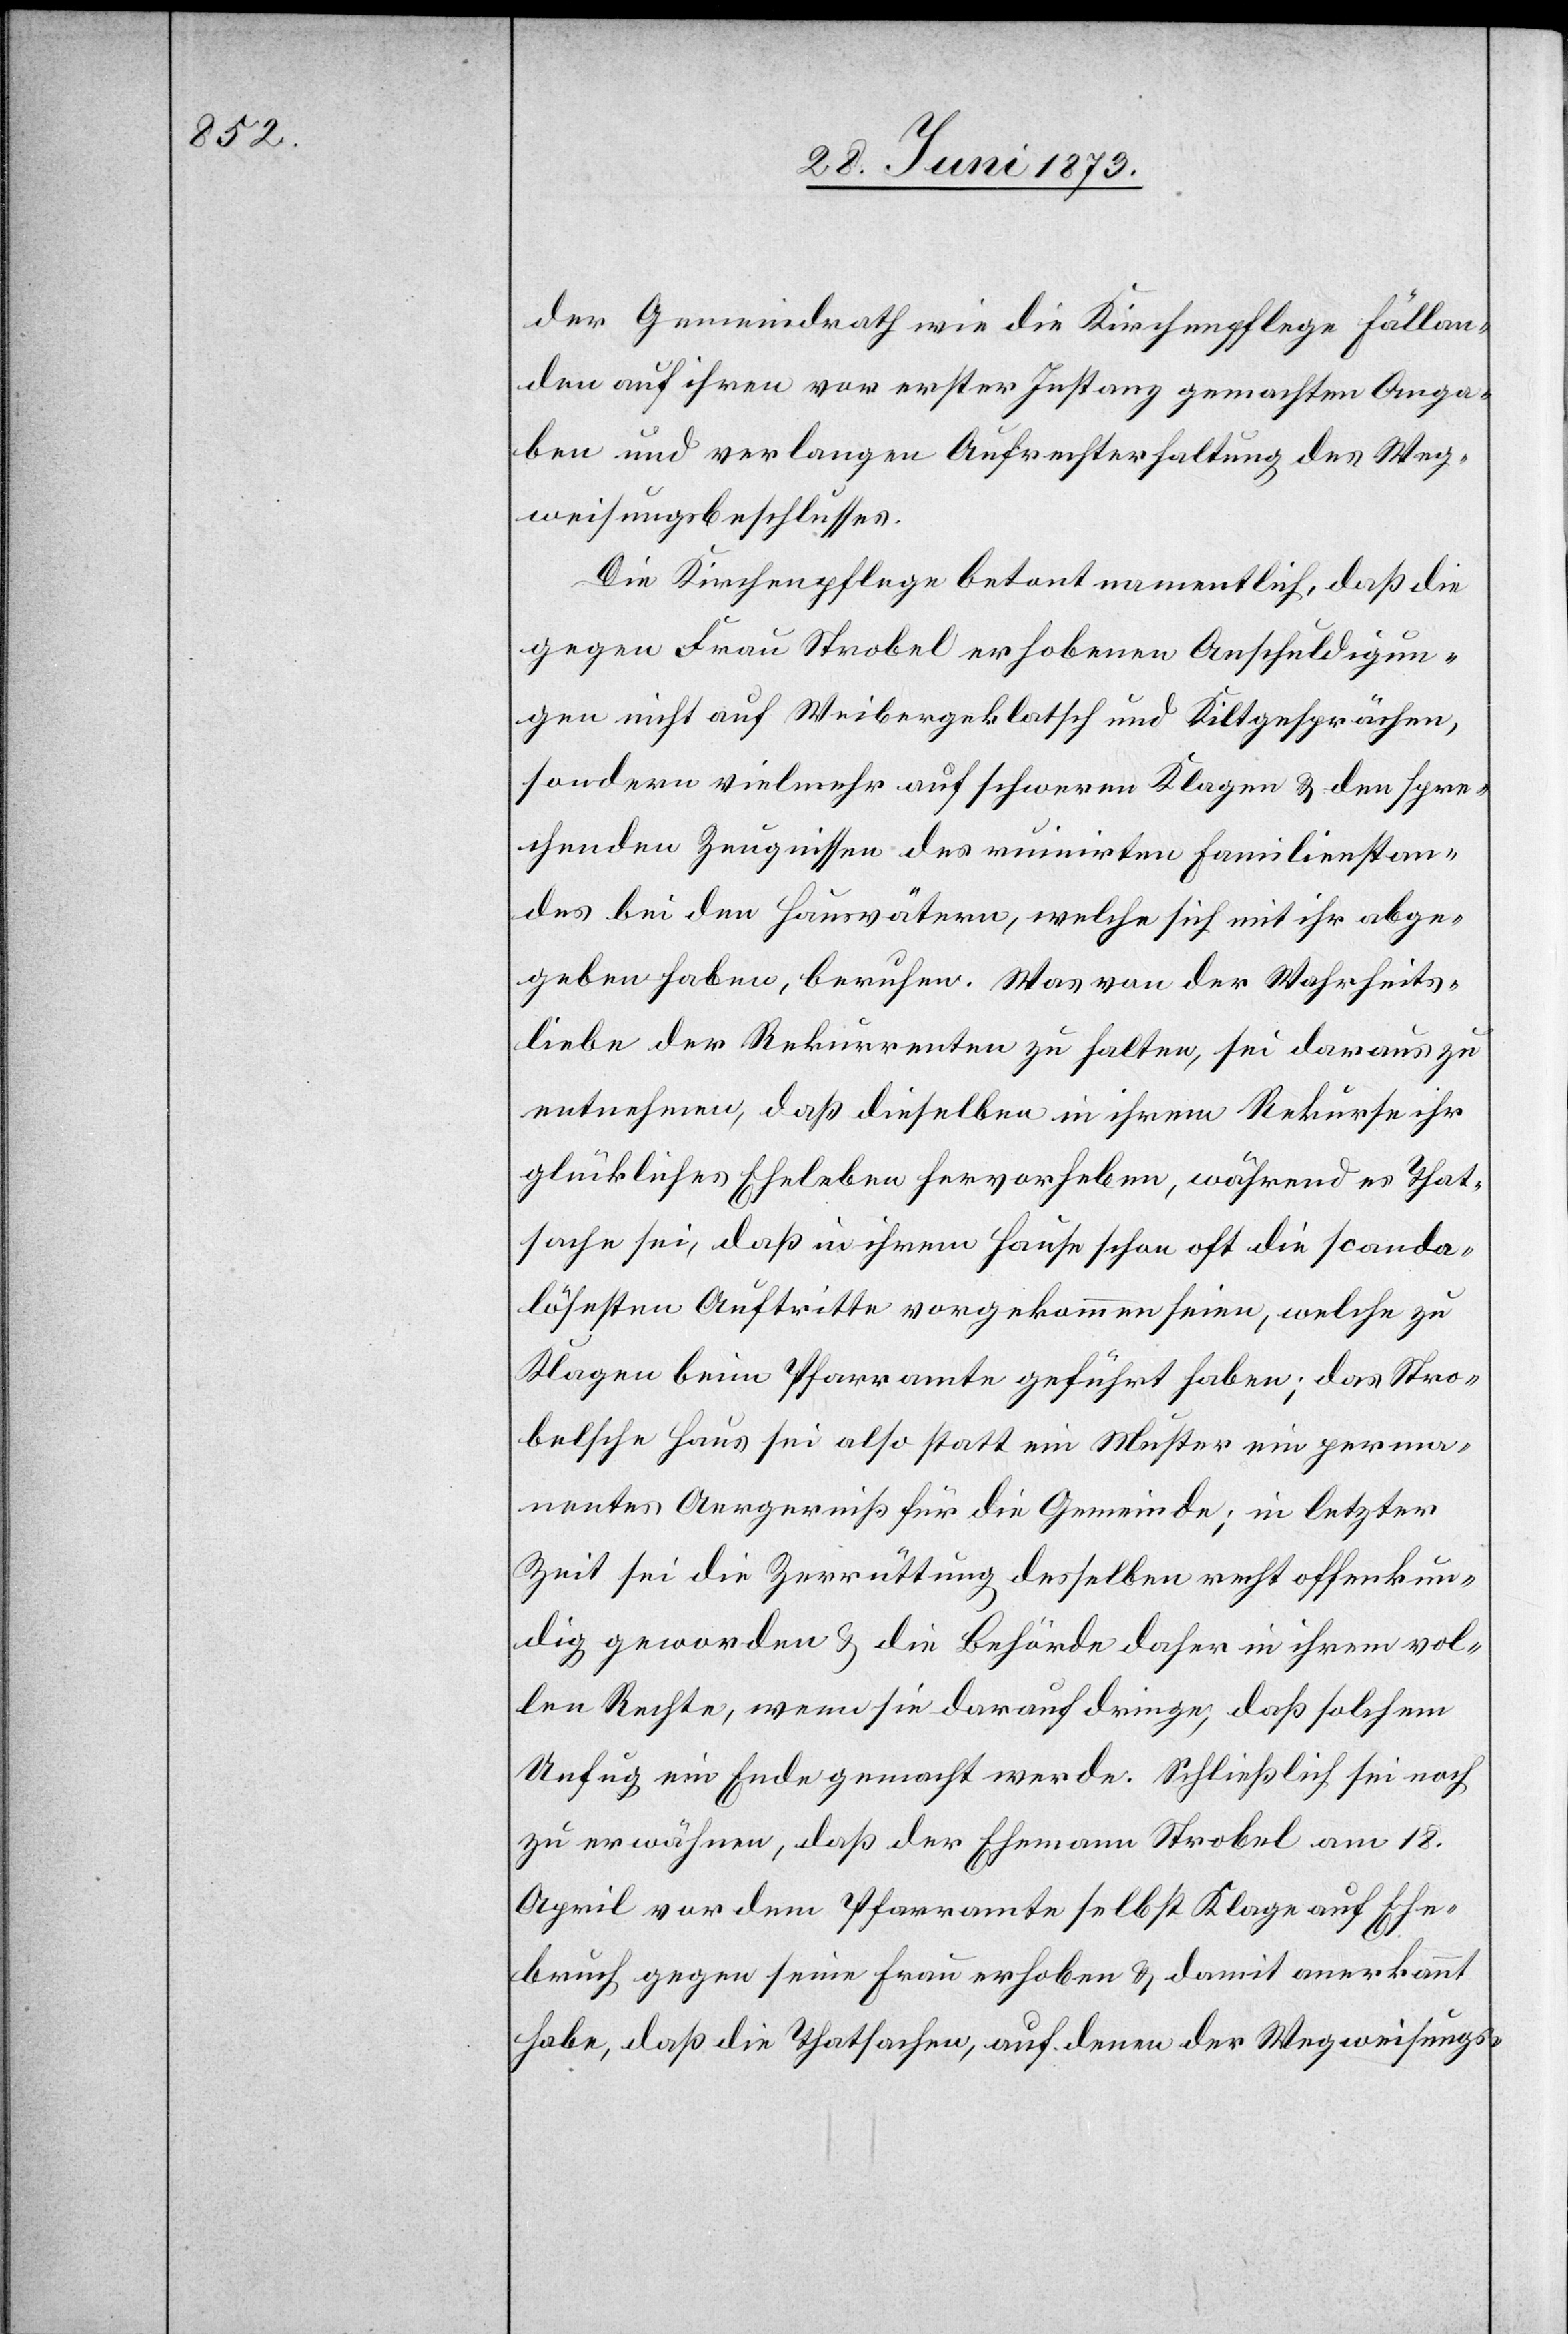
der Gemeindrath wie die Kirchenpflege Fällan¬
den auf ihren vor erster Instanz gemachten Anga¬
ben und verlangen Aufrechterhaltung des Weg¬
weisungsbeschlusses.
Die Kirchenpflege betont namentlich, daß die
gegen Frau Strobel erhobenen Anschuldigun¬
gen nicht auf Weibergeklatsch und Kiltgesprächen,
sondern vielmehr auf schweren Klagen & den spre¬
chenden Zeugnissen des ruinirten Familienstan¬
des bei den Hausvätern, welche sich mit ihr abge¬
geben haben, berufen. Was von der Wahrheits¬
liebe der Rekurrenten zu halten, sei daraus zu
entnehmen, daß dieselben in ihrem Rekurse ihr
glückliches Eheleben hervorheben, während es That¬
sache sei, daß in ihrem Hause schon oft die scanda¬
lösesten Auftritte vorgekommen seien, welche zu
Klagen beim Pfarramte geführt haben; das Stro¬
belsche Haus sei also statt ein Muster ein perma¬
nentes Aergerniß für die Gemeinde; in letzter
Zeit sei die Zerrüttung desselben recht offenkun¬
dig geworden & die Behörde daher in ihrem vol¬
len Rechte, wenn sie darauf dringe, daß solchem
Unfug ein Ende gemacht werde. Schließlich sei noch
zu erwähnen, daß der Ehemann Strobel am 18.
April vor dem Pfarramte selbst Klage auf Ehe¬
bruch gegen seine Frau erhoben & damit anerkannt
habe, daß die Thatsachen, auf denen der Wegweisungs-